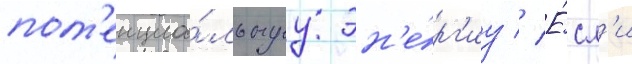
пот'енциа́льнуу эн'е́рг'иу // Е́сл'и